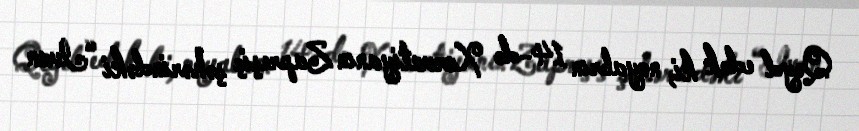
Qeyd edək ki, noyabrın 14-də Xorvatiyanın Zapreşiç şəhərindəki “Ivan